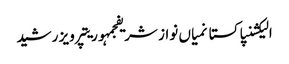
الیکشنپاکستانمیاں نواز شریفجمہوریتپرویز رشید